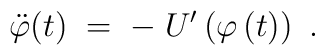
\ddot{\varphi} (t) \;=\;-\;U'\left( \varphi \left(t\right)\right)~.